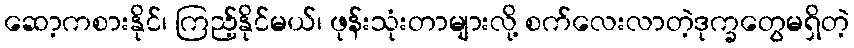
ဆော့ကစားနိုင်၊ ကြည့်နိုင်မယ်၊ ဖုန်းသုံးတာများလို့ စက်လေးလာတဲ့ဒုက္ခတွေမရှိတဲ့